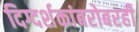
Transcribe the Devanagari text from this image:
दिग्दर्शकांबरोबरही